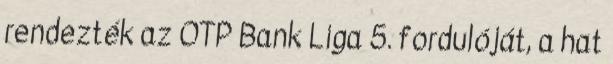
rendezték az OTP Bank Liga 5. fordulóját, a hat